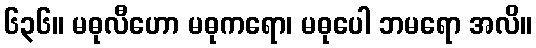
၆၃၆။ မဓုလီဟော မဓုကရော၊ မဓုပေါ ဘမရော အလိ။